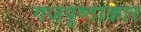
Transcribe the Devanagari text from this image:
गजपृष्ठाकार